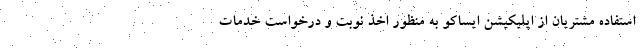
استفاده مشتریان از اپلیکیشن ایساکو به منظور اخذ نوبت و درخواست خدمات